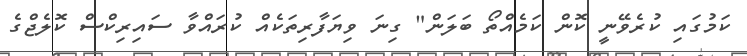
ކަމުގައި ކުރެވޭނީ ކޮން ކަމެއްތޯ ބަލަން" ގިނަ ވިޔަފާރިތަކެއް ކުރައްވާ ސައިރިކްސް ކޮލެޖްގެ